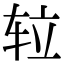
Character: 䢂